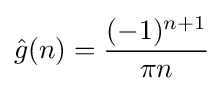
{\hat {g}}(n)={(-1)^{n+1} \over \pi n}